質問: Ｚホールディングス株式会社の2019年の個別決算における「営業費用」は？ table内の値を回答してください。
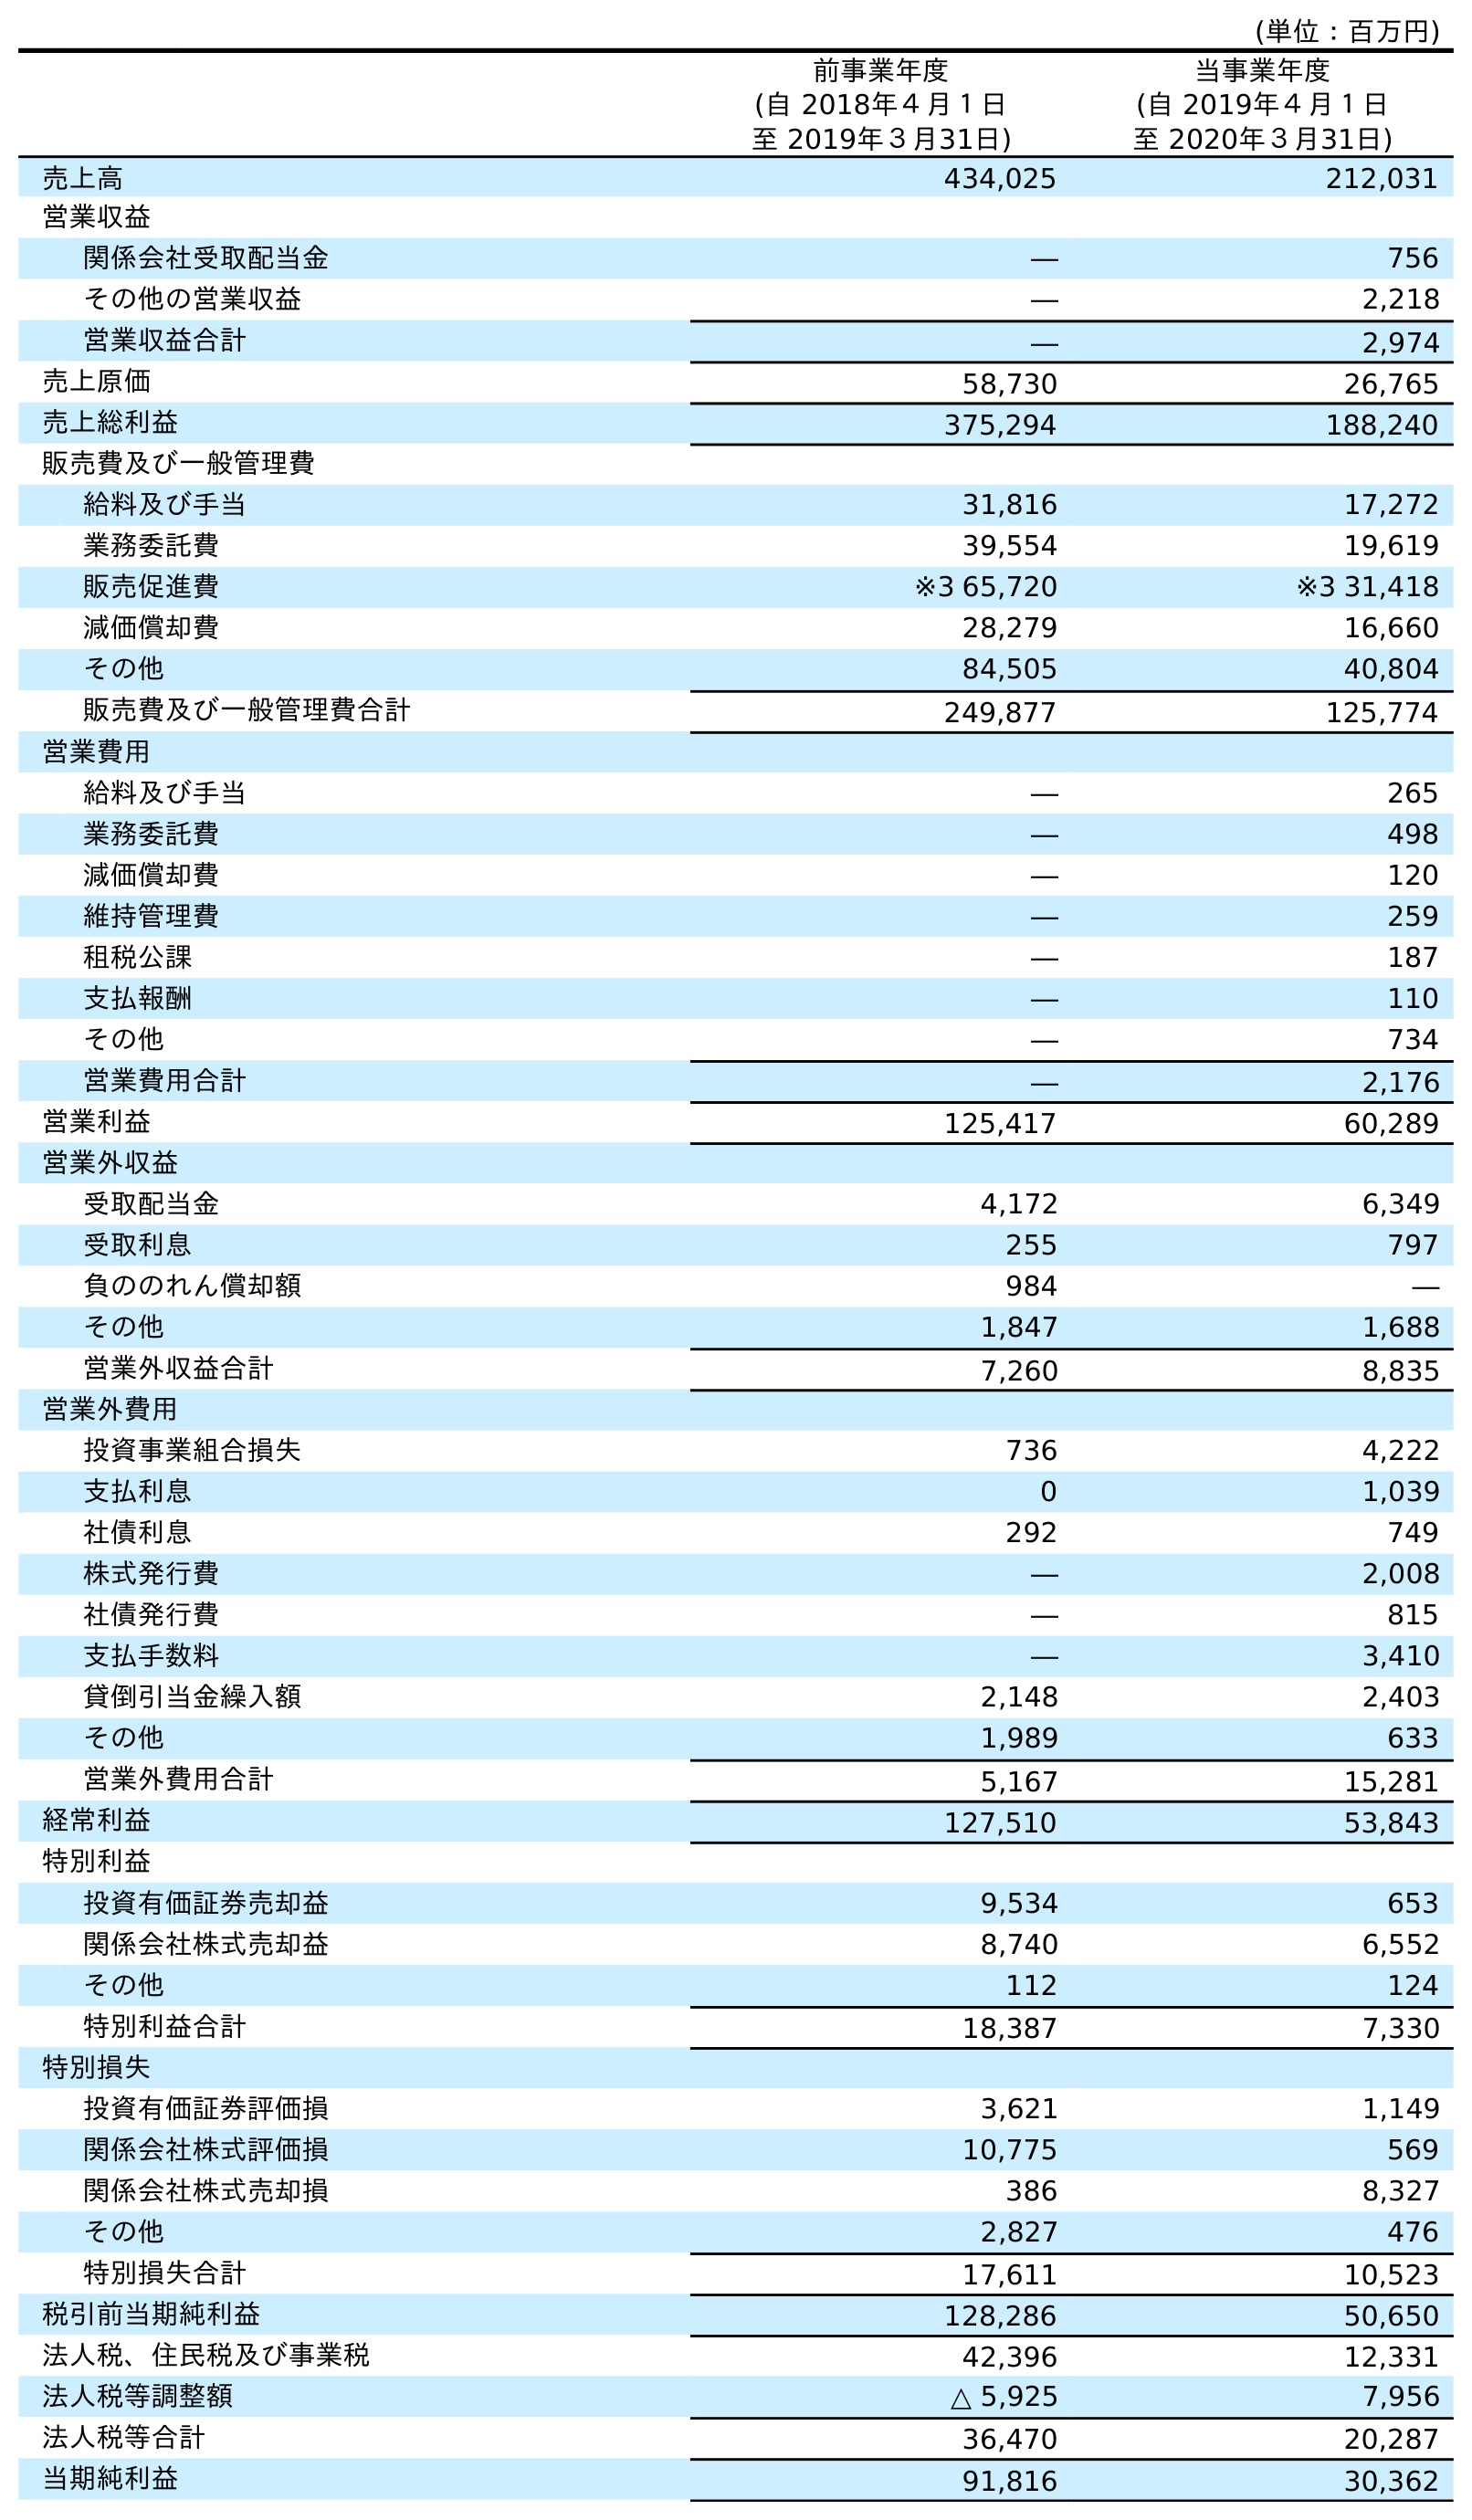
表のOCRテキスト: (単位：百万円) 前事業年度 (自 2018年４月１日 至 2019年３月31日) 当事業年度 (自 2019年４月１日 至 2020年３月31日) 売上高 434,025 212,031 営業収益 関係会社受取配当金 ― 756 その他の営業収益 ― 2,218 営業収益合計 ― 2,974 売上原価 58,730 26,765 売上総利益 375,294 188,240 販売費及び一般管理費 給料及び手当 31,816 17,272 業務委託費 39,554 19,619 販売促進費 ※3 65,720 ※3 31,418 減価償却費 28,279 16,660 その他 84,505 40,804 販売費及び一般管理費合計 249,877 125,774 営業費用 給料及び手当 ― 265 業務委託費 ― 498 減価償却費 ― 120 維持管理費 ― 259 租税公課 ― 187 支払報酬 ― 110 その他 ― 734 営業費用合計 ― 2,176 営業利益 125,417 60,289 営業外収益 受取配当金 4,172 6,349 受取利息 255 797 負ののれん償却額 984 ― その他 1,847 1,688 営業外収益合計 7,260 8,835 営業外費用 投資事業組合損失 736 4,222 支払利息 0 1,039 社債利息 292 749 株式発行費 ― 2,008 社債発行費 ― 815 支払手数料 ― 3,410 貸倒引当金繰入額 2,148 2,403 その他 1,989 633 営業外費用合計 5,167 15,281 経常利益 127,510 53,843 特別利益 投資有価証券売却益 9,534 653 関係会社株式売却益 8,740 6,552 その他 112 124 特別利益合計 18,387 7,330 特別損失 投資有価証券評価損 3,621 1,149 関係会社株式評価損 10,775 569 関係会社株式売却損 386 8,327 その他 2,827 476 特別損失合計 17,611 10,523 税引前当期純利益 128,286 50,650 法人税、住民税及び事業税 42,396 12,331 法人税等調整額 △ 5,925 7,956 法人税等合計 36,470 20,287 当期純利益 91,816 30,362
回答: ―